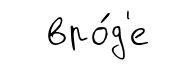
вро́д'е